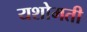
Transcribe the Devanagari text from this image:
यशोमती